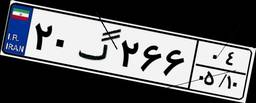
۲۰گ۲۶۶۰۴